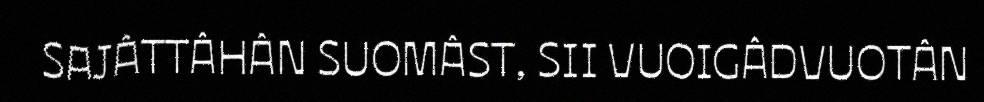
SAJÂTTÂHÂN SUOMÂST, SII VUOIGÂDVUOTÂN